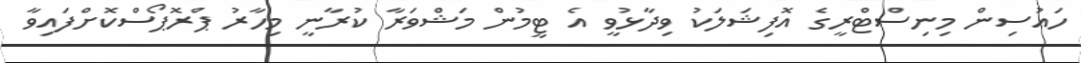
ހައުސިން މިނިސްޓްރީގެ އޮފިޝަލަކު ވިދާޅުވީ އެ ޓީމުން މަޝްވަރާ ކުރާނީ މިހާރު ޕްރޮޕޯސްކޮށްފައިވާ